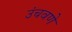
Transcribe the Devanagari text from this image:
उंचवणे